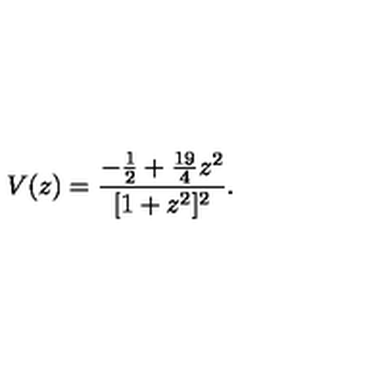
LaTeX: V ( z ) = \frac { - \frac { 1 } { 2 } + \frac { 1 9 } { 4 } z ^ { 2 } } { [ 1 + z ^ { 2 } ] ^ { 2 } } .